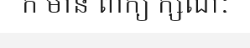
ក មាន ពាក្យ ក្សណៈ